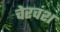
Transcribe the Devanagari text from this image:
चेरवंश